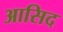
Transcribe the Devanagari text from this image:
आसिद